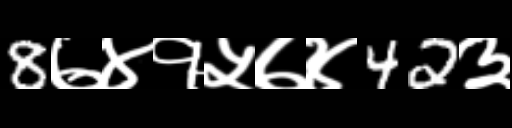
Text: 8७४१५७४42३